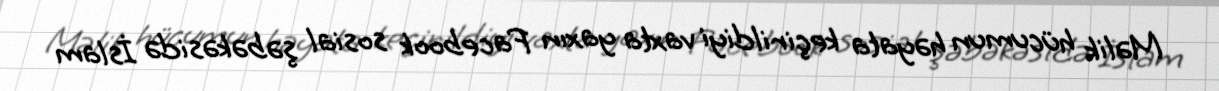
Məlik hücumun həyata keçirildiyi vaxta yaxın Facebook sosial şəbəkəsidə İslam